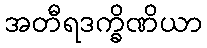
အတီရဒက္ခိဏိယာ